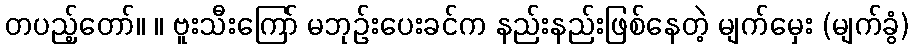
တပည့်တော်။ ။ ဗူးသီးကြော် မဘုဉ်းပေးခင်က နည်းနည်းဖြစ်နေတဲ့ မျက်မှေး (မျက်ခွံ)